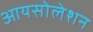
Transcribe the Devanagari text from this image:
आयसोलेशन